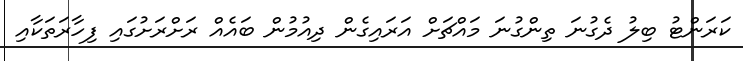
ކަރަންޓު ބިލު ދެގުނަ ތިންގުނަ މައްޗަށް އަރައިގެން ދިއުމުން ބައެއް ރަށްރަށުގައި ފިހާރަތަކާއި